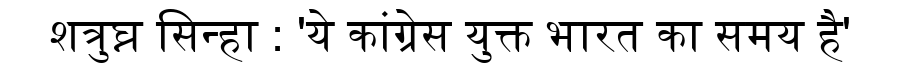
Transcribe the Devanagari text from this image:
शत्रुघ्न सिन्हा : 'ये कांग्रेस युक्त भारत का समय है'